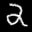
Label: 2